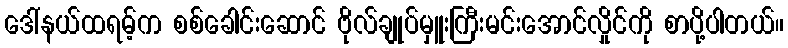
ဒေါ်နယ်ထရမ့်က စစ်ခေါင်းဆောင် ဗိုလ်ချုပ်မှူးကြီးမင်းအောင်လှိုင်ကို စာပို့ပါတယ်။